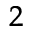
^ 2